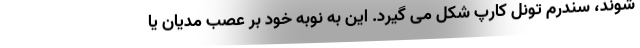
شوند، سندرم تونل کارپ شکل می گیرد. این به نوبه خود بر عصب مدیان یا